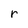
Character: r